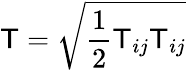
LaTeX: \mathsf{T}=\sqrt{\frac{1}{2}\mathsf{T}_{ij}\mathsf{T}_{ij}}